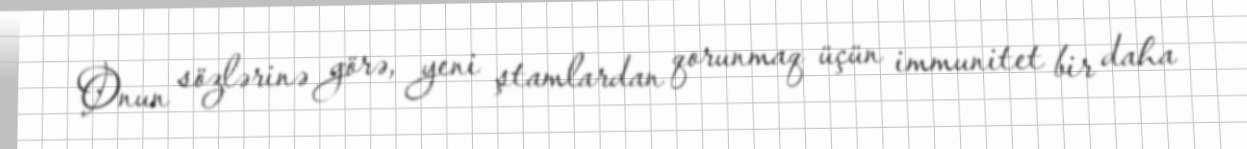
Onun sözlərinə görə, yeni ştamlardan qorunmaq üçün immunitet bir daha